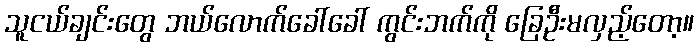
သူငယ်ချင်းတွေ ဘယ်လောက်ခေါ်ခေါ် ကွင်းဘက်ကို ခြေဦးမလှည့်တော့။